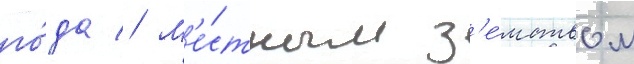
го́да // М'е́стным з'е́мством